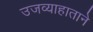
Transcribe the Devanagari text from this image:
उजव्याहाताने